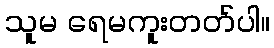
သူမ ရေမကူးတတ်ပါ။